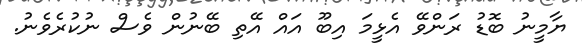
ޔާމީނު ބޮޑު ރަންވޭ އެޅީމަ އިބޫ އައް އޭތި ބޭނުން ވެސް ނުކުރެވެނު.